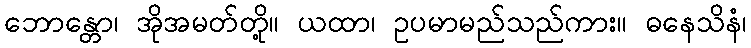
ဘောန္တော၊ အိုအမတ်တို့။ ယထာ၊ ဥပမာမည်သည်ကား။ ဓနေသိနံ၊